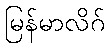
မြန်မာလိဂ်